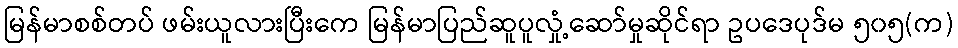
မြန်မာစစ်တပ် ဖမ်းယူလားပြီးကေ မြန်မာပြည်ဆူပူလှုံ့ဆော်မှုဆိုင်ရာ ဥပဒေပုဒ်မ ၅၀၅(က)